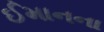
ઈમાનના